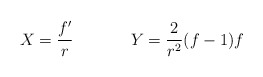
\begin{align*}\begin{array}{cc}X=\displaystyle{\frac{f^{\prime}}{r}}~~~~&~~~~Y=\displaystyle{\frac{2}{r^{2}}}(f-1)f\end{array}\end{align*}